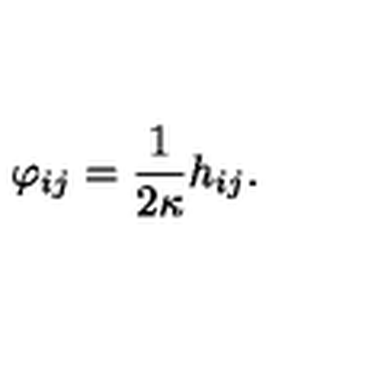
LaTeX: \varphi _ { i j } = \frac { 1 } { 2 \kappa } h _ { i j } .